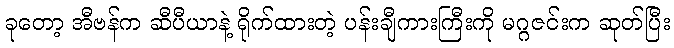
ခုတော့ အီဗန်က ဆီပီယာနဲ့ ရိုက်ထားတဲ့ ပန်းချီကားကြီးကို မဂ္ဂဇင်းက ဆုတ်ပြီး